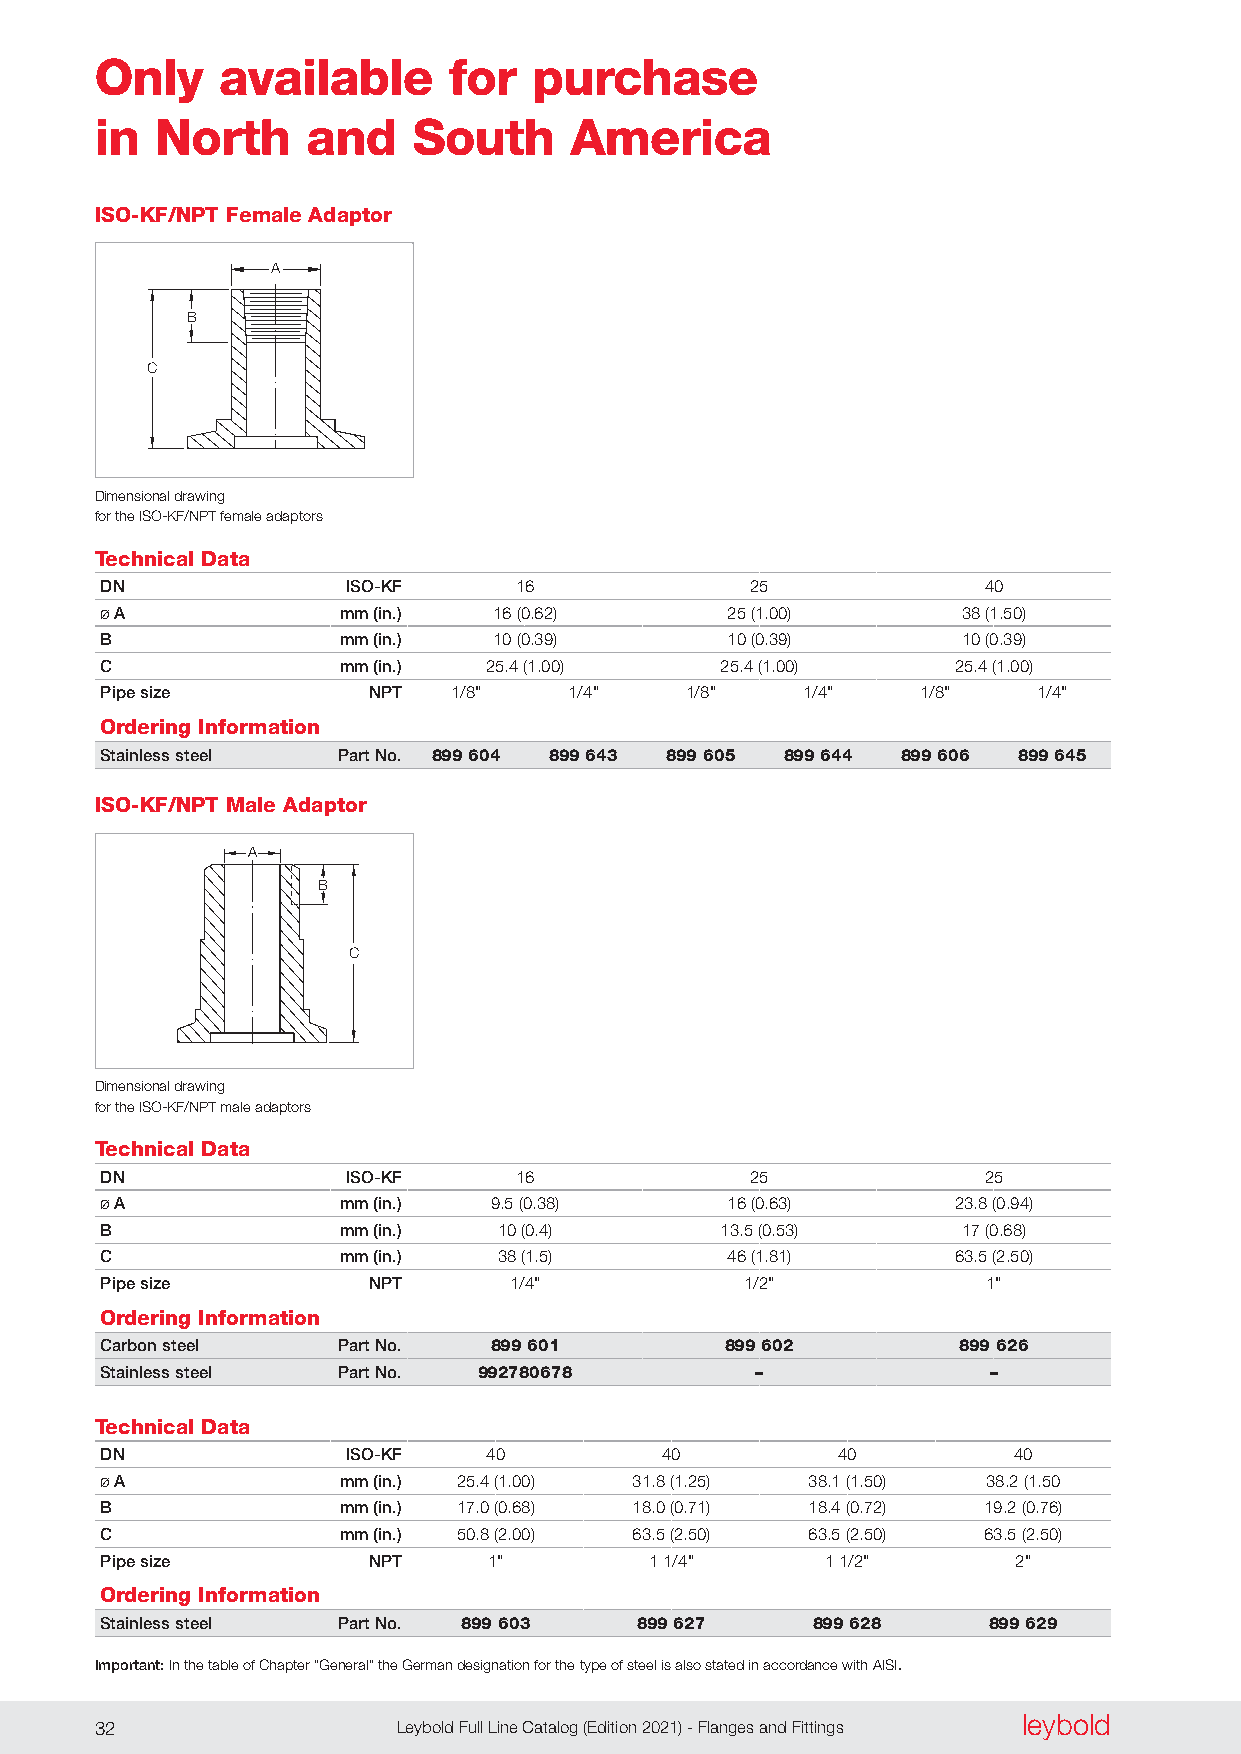
Only    available       for  purchase
 in  North     and    South      America
 ISO-KF/NPT Female Adaptor
 A
 B
 C
 Dimensional drawing
 for the ISO-KF/NPT female adaptors
 Technical Data
 DN              ISO-KF     16              25             40
 Ø A             mm (in.)  16 (0 .62)     25 (1 .00)      38 (1 .50)
 B               mm (in.)  10 (0 .39)     10 (0 .39)      10 (0 .39)
 C               mm (in.) 25 .4 (1 .00)   25 .4 (1 .00)  25 .4 (1 .00)
 Pipe size        NPT   1/8"    1/4"   1/8"    1/4"    1/8"    1/4"
 Ordering Information
 Stainless steel Part No. 899 604 899 643 899 605 899 644 899 606 899 645
 ISO-KF/NPT Male Adaptor
 A
 B
 C
 Dimensional drawing
 for the ISO-KF/NPT male adaptors
 Technical Data
 DN              ISO-KF     16              25             25
 Ø A             mm (in.) 9 .5 (0 .38)    16 (0 .63)     23 .8 (0 .94)
 B               mm (in.)  10 (0 .4)      13 .5 (0 .53)   17 (0 .68)
 C               mm (in.)  38 (1 .5)      46 (1 .81)     63 .5 (2 .50)
 Pipe size        NPT       1/4"           1/2"            1"
 Ordering Information
 Carbon steel   Part No.  899 601         899 602        899 626
 Stainless steel Part No. 992780678         –              –
 Technical Data
 DN              ISO-KF   40          40         40          40
 Ø A             mm (in.) 25 .4 (1 .00) 31 .8 (1 .25) 38 .1 (1 .50) 38 .2 (1 .50
 B               mm (in.) 17 .0 (0 .68) 18 .0 (0 .71) 18 .4 (0 .72) 19 .2 (0 .76)
 C               mm (in.) 50 .8 (2 .00) 63 .5 (2 .50) 63 .5 (2 .50) 63 .5 (2 .50)
 Pipe size        NPT     1"         1 1/4"      1 1/2"      2"
 Ordering Information
 Stainless steel Part No. 899 603   899 627     899 628    899 629
 Important: In the table of Chapter “General” the German designation for the type of steel is also stated in accordance with AISI.
 leybold
 32                  Leybold Full Line Catalog (Edition 2021) - Flanges and Fittings